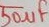
Text: 50µF